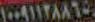
١٠٠٩١١٣٨٨٦٠٠